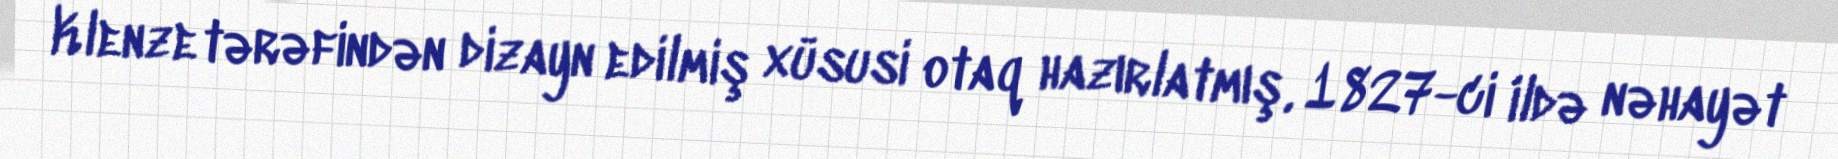
Klenze tərəfindən dizayn edilmiş xüsusi otaq hazırlatmış, 1827-ci ildə nəhayət